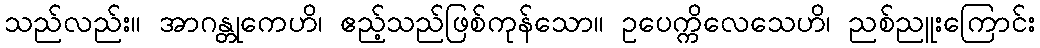
သည်လည်း။ အာဂန္တုကေဟိ၊ ဧည့်သည်ဖြစ်ကုန်သော။ ဥပေက္ကိလေသေဟိ၊ ညစ်ညူးကြောင်း